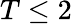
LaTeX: T\le 2